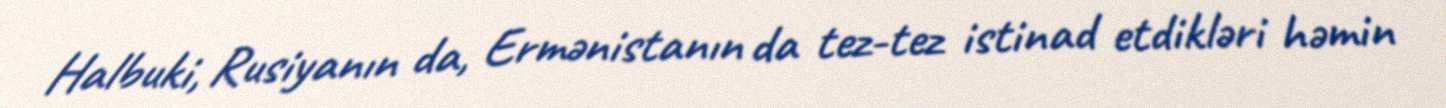
Halbuki, Rusiyanın da, Ermənistanın da tez-tez istinad etdikləri həmin